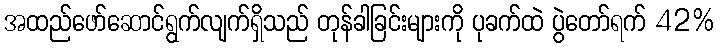
အထည်ဖော်ဆောင်ရွက်လျက်ရှိသည် တုန်ခါခြင်းများကို ပုခက်ထဲ ပွဲတော်ရက် 42%